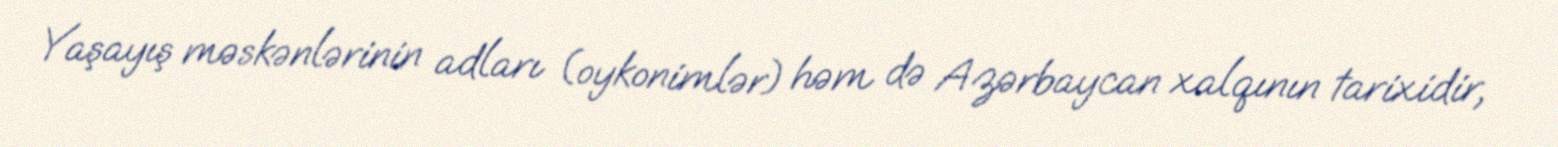
Yaşayış məskənlərinin adları (oykonimlər) həm də Azərbaycan xalqının tarixidir,